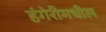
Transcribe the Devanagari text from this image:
हंगेरीमधील